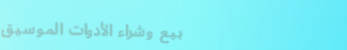
بيع وشراء الأدوات الموسيق